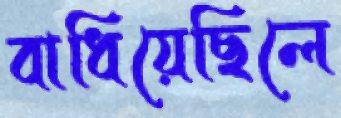
বাধিয়েছিলে